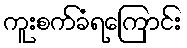
ကူးစက်ခံရကြောင်း